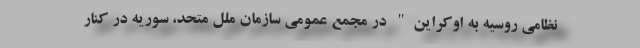
نظامی روسیه به اوکراین" در مجمع عمومی سازمان ملل متحد، سوریه در کنار